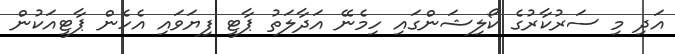
އަދި މި ސަރުކާރުގެ ކޯލިޝަންގައި ހިމެނޭ އަދާލަތު ޕާޓީ ފިޔަވައި އެހެން ޕާޓީއަކުން